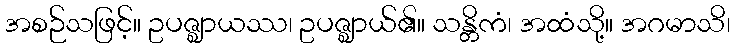
အစဉ်သဖြင့်။ ဥပဇ္ဈာယဿ၊ ဥပဇ္ဈာယ်၏။ သန္တိကံ၊ အထံသို့။ အဂမာသိ၊